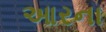
આરના